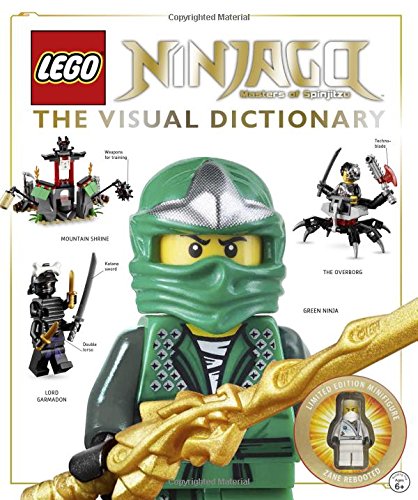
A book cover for LEGO NINJAGO: The Visual Dictionary (Masters of Spinjitzu); Hannah Dolan; Children's Books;